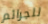
للجرائم